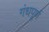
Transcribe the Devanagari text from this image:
गंधपूर्ण